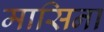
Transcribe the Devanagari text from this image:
मासिना